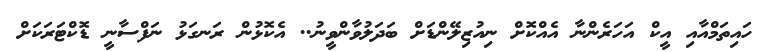
ހައިތަމްއާއި އީކް އަހަރެންނާ އެއްކޮށް ނިއުޒިލޭންޑަށް ބަދަލުވާންވީނު.. އެކޮޅުން ރަނގަޅު ނަފްސާނީ ޑޮކްޓަރަކަށް